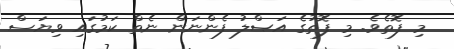
މި ފޮތެވެ. މި ފޮތުގެ އަޞްލު ފެންނަން ނެތް ކަމުގައި ވިޔަސް